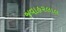
જવાહ૨લાલ